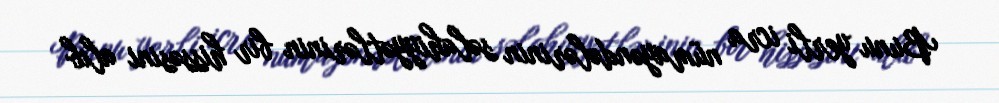
Bunu yerli icra nümayəndələrinin səlahiyyətlərinin bir hissəsini alıb